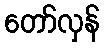
တော်လှန်